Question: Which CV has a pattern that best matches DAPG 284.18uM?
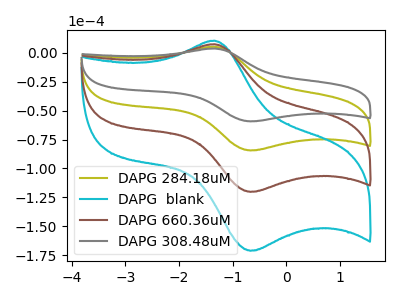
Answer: <think>The olive curve "DAPG 284.18uM" has an anodic peak at (-1.35V, 5.10uA) and a cathodic peak at (-0.65V, -84.45uA). The cyan curve "DAPG  blank" has an anodic peak at (-1.35V, 15.25uA) and a cathodic peak at (-0.65V, -253.30uA). The brown curve "DAPG 660.36uM" has an anodic peak at (-1.35V, 10.20uA) and a cathodic peak at (-0.65V, -168.85uA). The gray curve "DAPG 308.48uM" has an anodic peak at (-1.35V, 3.60uA) and a cathodic peak at (-0.65V, -59.35uA).
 All the peaks in "DAPG 284.18uM" have a peak in "DAPG  blank" at the same potential. Every peak in "DAPG 284.18uM" is lower than every peak in "DAPG  blank". All the peaks in "DAPG 284.18uM" have a peak in "DAPG 660.36uM" at the same potential. Every peak in "DAPG 284.18uM" is lower than every peak in "DAPG 660.36uM". All the peaks in "DAPG 284.18uM" have a peak in "DAPG 308.48uM" at the same potential. Every peak in "DAPG 284.18uM" is higher than every peak in "DAPG 308.48uM". All the peaks in "DAPG  blank" have a peak in "DAPG 660.36uM" at the same potential. Every peak in "DAPG  blank" is higher than every peak in "DAPG 660.36uM". All the peaks in "DAPG  blank" have a peak in "DAPG 308.48uM" at the same potential. Every peak in "DAPG  blank" is higher than every peak in "DAPG 308.48uM". All the peaks in "DAPG 660.36uM" have a peak in "DAPG 308.48uM" at the same potential. Every peak in "DAPG 660.36uM" is higher than every peak in "DAPG 308.48uM".</think>
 <answer>"DAPG 284.18uM", "DAPG  blank" and "DAPG 660.36uM" have a similar shape to "DAPG 308.48uM".</answer>
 <eval>"DAPG 284.18uM" "DAPG  blank" "DAPG 660.36uM"</eval>